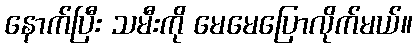
နောက်ပြီး သမီးကို မေမေပြောလိုက်မယ်။